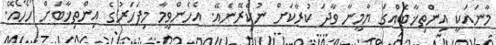
މާނައަކީ އިންތިޚާބެއްގަ ޔާމީނާ ވާދަ ކުރާކަށް ނުކެރޭނެއޭ. އެހެންވީމާ މިފަހަރުގެ އިންތިޚާބަށް ހޯހޯއޭ.